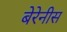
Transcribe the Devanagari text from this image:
बेरेनीस